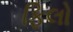
ફિલો